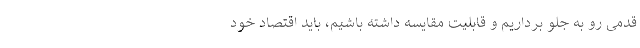
قدمی رو به جلو برداریم و قابلیت مقایسه داشته باشیم، باید اقتصاد خود